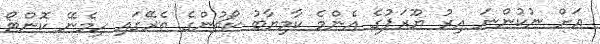
އަށް ނުކުންނަ އިރު ޔޫރަޕުގެ އެންމެ ކާމިޔާބު ކޯޗުންގެ ތެރޭގައި ހިމެނޭ ކޮންޓޯ